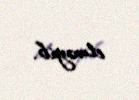
etməyib.